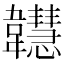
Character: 𩏲